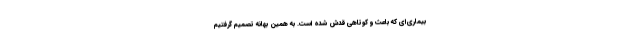
بیماری‌ای که باعث و کوتاهی قدش شده است. به همین بهانه تصمیم گرفتیم